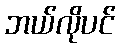
ဘယ်လိုပင်